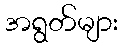
အရွတ်များ